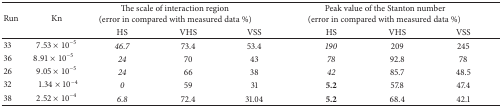
<table><thead><tr><td rowspan="2"><b>Run</b></td><td rowspan="2"><b>Kn</b></td><td colspan="3"><b>The scale of interaction region(error in compared with measured data %)</b></td><td colspan="3"><b>Peak value of the Stanton number (error in compared with measured data %)</b></td></tr><tr><td><b>HS</b></td><td><b>VHS</b></td><td><b>VSS</b></td><td><b>HS</b></td><td><b>VHS</b></td><td><b>VSS</b></td></tr></thead><tbody><tr><td>33</td><td>7.53 × 10<sup>−5</sup></td><td><i>46.7 </i></td><td>73.4</td><td>53.4</td><td><i>190 </i></td><td>209</td><td>245</td></tr><tr><td>36</td><td>8.91 × 10<sup>−5</sup></td><td><i>24 </i></td><td>70</td><td>43</td><td><i>78 </i></td><td>92.8</td><td>78</td></tr><tr><td>26</td><td>9.05 × 10<sup>−5</sup></td><td><i>24 </i></td><td>66</td><td>38</td><td><i>42 </i></td><td>85.7</td><td>48.5</td></tr><tr><td>32</td><td>1.34 × 10<sup>−4</sup></td><td><i>0 </i></td><td>59</td><td>31</td><td><b>5.2</b></td><td>57.8</td><td>47.4</td></tr><tr><td>38</td><td>2.52 × 10<sup>−4</sup></td><td><i>6.8 </i></td><td>72.4</td><td>31.04</td><td><b>5.2</b></td><td>68.4</td><td>42.1</td></tr></tbody></table>